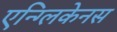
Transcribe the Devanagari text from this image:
एन्ग्लिकेनस